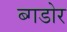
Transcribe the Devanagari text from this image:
ब्गडोर